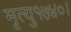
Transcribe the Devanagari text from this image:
मृत्यु१७४०।